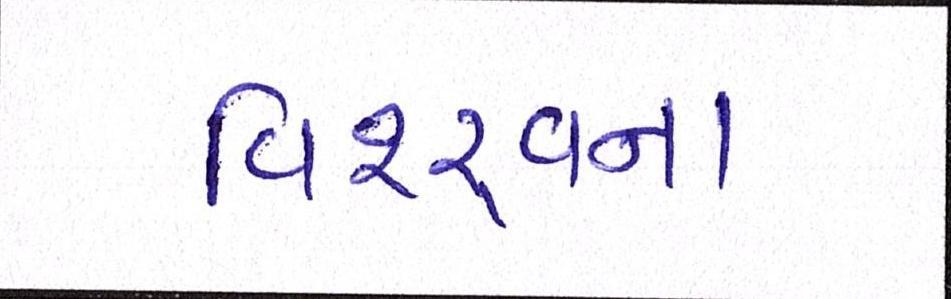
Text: વિશ્ર્વના